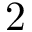
2